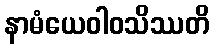
နာမံယေဝါဝသိဿတိ